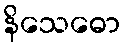
နိသေဓော